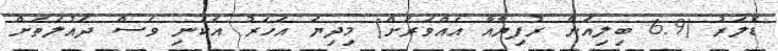
ޑޮލަރު (6.9 ބިލިއަން ރުފިޔާއާ އެއްވަރަށް) މިދިޔަ އަހަރު އެކަނި ވެސް ދައުލަތަށް